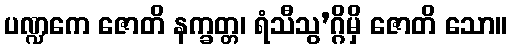
ပဏ္ဍကေ ဇောတိ နက္ခတ္တ၊ ရံသီသွ’ဂ္ဂိမှိ ဇောတိ သော။